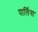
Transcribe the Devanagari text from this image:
पार्लिया